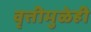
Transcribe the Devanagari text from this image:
वृत्तीमुळेही